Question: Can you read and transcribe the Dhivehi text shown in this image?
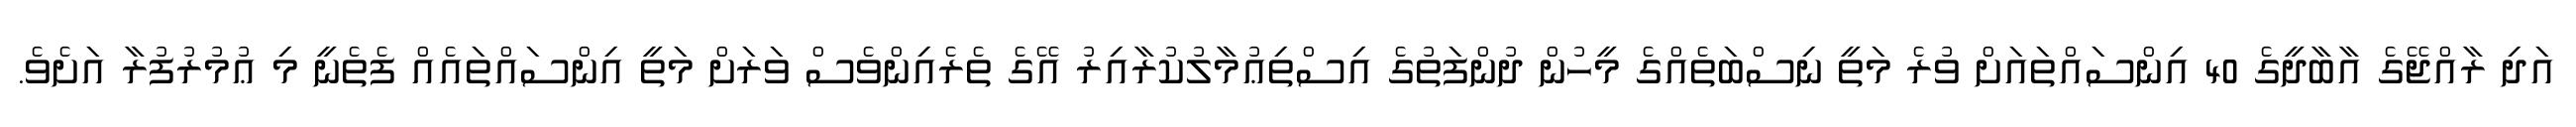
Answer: އަދި ރާއްޖޭގެ އާބާދީގެ 40 އިންސައްތައަށް ވުރެ މަތީ ނިސްބަތެއްގެ މީހުން ދުންފަތުގެ އިސްތިޢުމާލުކުރާއިރު އޭގެ ތެރެއިންވެސް ވަރަށް މަތީ އިންސައްތައެއް ފެތެނީ މި ޢުމުރުފުރާ އަށެވެ.